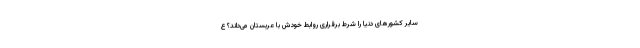
سایر کشورهای دنیا را شرط برقراری روابط خودش با عربستان می‌داند؟ ع